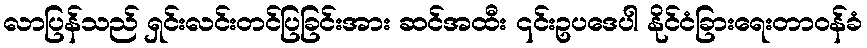
လာပြန်သည် ရှင်းလင်းတင်ပြခြင်းအား ဆင်အထီး ၎င်းဥပဒေပါ နိုင်ငံခြားရေးတာဝန်ခံ